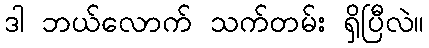
ဒါ ဘယ်လောက် သက်တမ်း ရှိပြီလဲ။